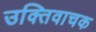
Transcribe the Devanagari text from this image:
उक्तिवाचक